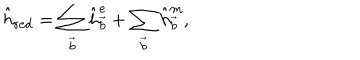
\hat { h } _ { \mathrm { r e d } } = \sum _ { \vec { b } } \hat { h } _ { \vec { b } } ^ { \mathrm { e } } + \sum _ { \vec { b } } \hat { h } _ { \vec { b } } ^ { \mathrm { m } } ,